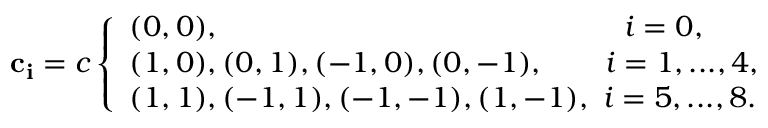
\mathbf { c _ { i } } = c \left\{ \begin{array} { l l } { ( 0 , 0 ) , ~ ~ ~ ~ ~ ~ ~ ~ ~ ~ ~ ~ ~ ~ ~ ~ ~ ~ ~ ~ ~ ~ ~ ~ ~ ~ ~ ~ ~ ~ ~ ~ ~ ~ ~ ~ ~ ~ ~ ~ ~ i = 0 , } \\ { ( 1 , 0 ) , ( 0 , 1 ) , ( - 1 , 0 ) , ( 0 , - 1 ) , ~ ~ ~ ~ ~ ~ i = 1 , . . . , 4 , } \\ { ( 1 , 1 ) , ( - 1 , 1 ) , ( - 1 , - 1 ) , ( 1 , - 1 ) , ~ i = 5 , . . . , 8 . } \end{array} \right.